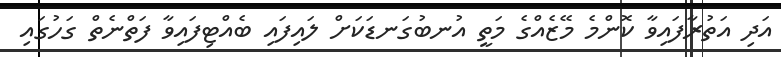
އަދި އަތުރާފައިވާ ކޮންމެ މޭޒެއްގެ މަތީ އުނބުގަނޑަކަށް ލައިފައި ބެއްޓިފައިވާ ފަތްނެތް ގަހުގައި